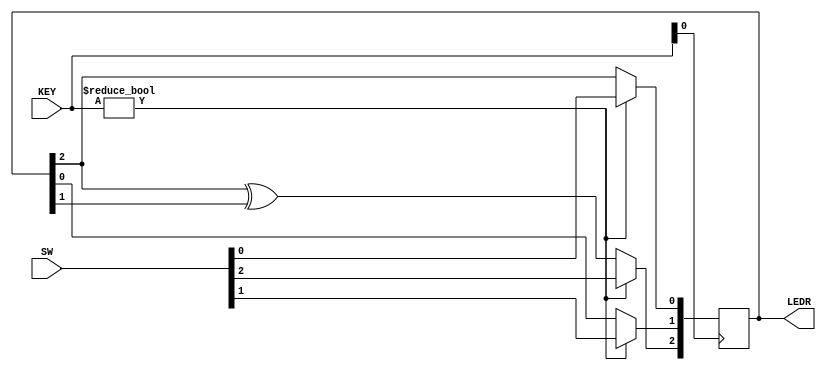
module top_module (
	input [2:0] SW,      // R
	input [1:0] KEY,     // L and clk
	output [2:0] LEDR);  // Q
    always @(posedge KEY[0]) begin
        if(KEY)
        	LEDR=SW;
        else begin
            LEDR[0]<=LEDR[2];
            LEDR[1]<=LEDR[0];
            LEDR[2]<=LEDR[2]^LEDR[1];
        end
    end
endmodule